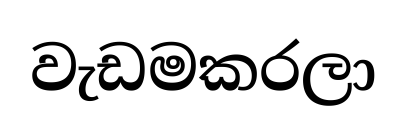
වැඩමකරලා